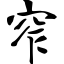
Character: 窄